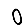
Digit: 0